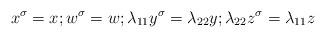
LaTeX: \begin{align*} x^{\sigma}=x; w^{\sigma}=w; \lambda_{11}y^{\sigma}=\lambda_{22}y; \lambda_{22}z^{\sigma}=\lambda_{11}z\end{align*}